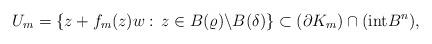
LaTeX: \begin{align*}U_m=\left\{z+f_m(z)w:\,z\in B(\varrho)\backslash B(\delta)\right\}\subset({\partial} K_m)\cap({\rm int}B^n),\end{align*}